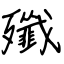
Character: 殲